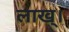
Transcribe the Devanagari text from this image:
लाख्।